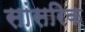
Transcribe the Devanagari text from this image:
सांसरिक